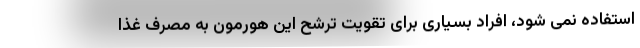
استفاده نمی شود، افراد بسیاری برای تقویت ترشح این هورمون به مصرف غذا